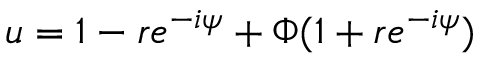
u = 1 - r e ^ { - i \psi } + \Phi ( 1 + r e ^ { - i \psi } )